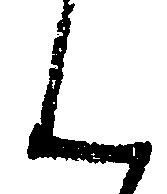
ん